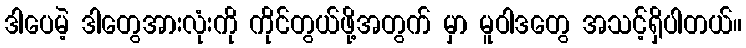
ဒါပေမဲ့ ဒါတွေအားလုံးကို ကိုင်တွယ်ဖို့အတွက် မှာ မူဝါဒတွေ အသင့်ရှိပါတယ်။